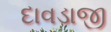
દાવડાજી